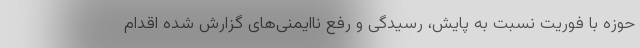
حوزه با فوریت نسبت به پایش، رسیدگی و رفع ناایمنی‌های گزارش شده اقدام